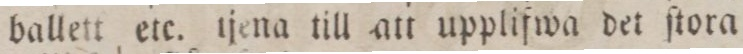
ballett etc. tjena till att uppliſwa det ſtora